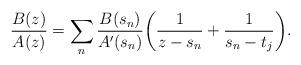
LaTeX: \begin{align*}\frac{B(z)}{A(z)}=\sum_{n} \frac{B(s_n)}{A'(s_n)}\bigg( \frac{1}{z-s_n} + \frac{1}{s_n-t_j} \bigg).\end{align*}